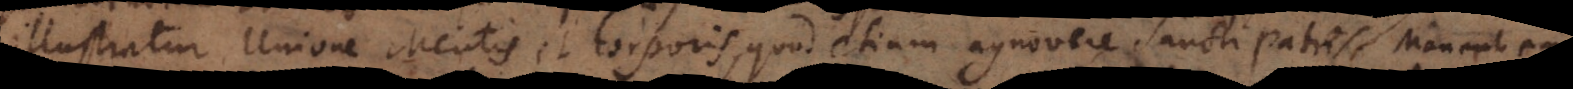
illustratur Unione Mentis et corporis, quod etiam agnovere Sancti Patres Justinus